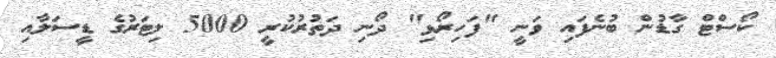
ކޯސްޓް ގާޑުން ބުނެފައި ވަނީ "ފަހިރޯޅި" ދޯނި ދަތުރުކުރީ 5000 ލިޓަރުގެ ޑީސަލާއި